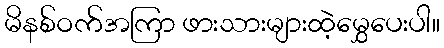
မိနစ်ဝက်အကြာ ဖားသားများထဲ့မွှေပေးပါ။